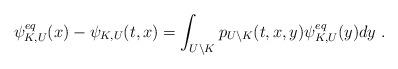
LaTeX: \begin{align*} \psi_{K, U}^{eq}(x) - \psi_{K, U}(t,x) = \int_{U\setminus K} p_{U\setminus K}(t, x,y)\psi_{K, U}^{eq}(y) dy\ .\end{align*}